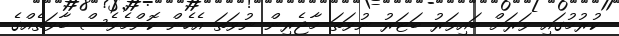
ކުރުމުގައި ވަރަށް ބައިވަރު ބަޓަރު ނުވަތަ މާޖެރިން ނުވަތަ އެހެން ކޮންމެވެސް ބާވަތެއްގެ